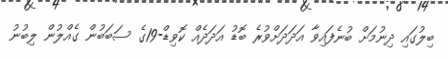
ބިލުގައި ދިނުމަށް ބުނެފައިވާ އަދަދަށްވުރެ ބޮޑު އަދަދެއް ކޮވިޑް-19ގެ ސަބަބުން ގެއްލުން ލިބުނު